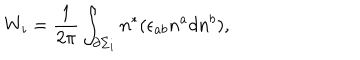
LaTeX: W _ { i } = \frac 1 { 2 \pi } \int _ { \partial \Sigma _ { i } } n ^ { * } ( \epsilon _ { a b } n ^ { a } d n ^ { b } ) ,